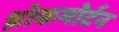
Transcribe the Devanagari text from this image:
थ्रोकमोर्टन